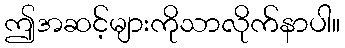
ဤအဆင့်များကိုသာလိုက်နာပါ။